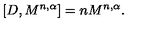
\lbrack D , M ^ { n , \alpha } ] = n M ^ { n , \alpha } .